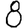
Digit: 8